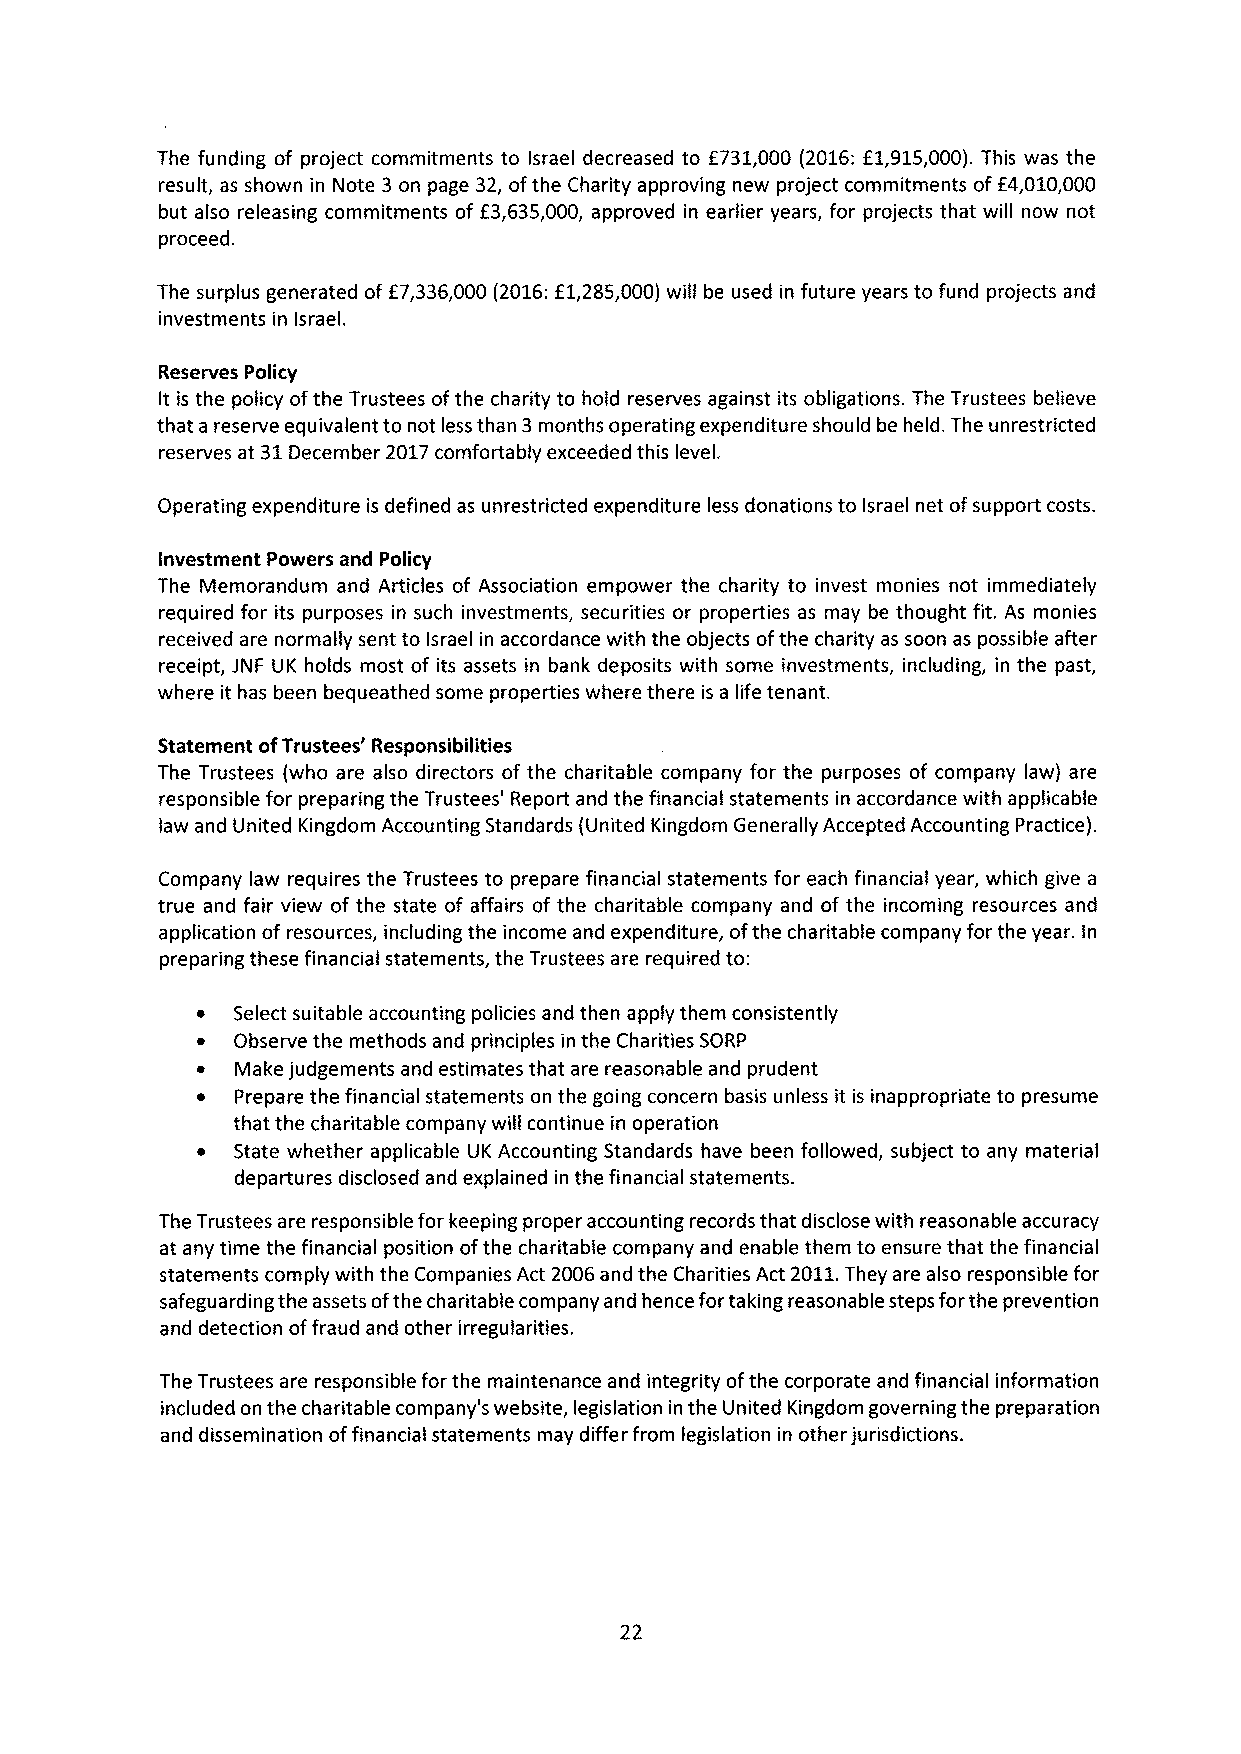
The funding of project commitments to Israel decreased to f731,000 (2016:f1,915,000).This was the
 result, as shown in Note 3 on page 32, ofthe Charity approving new project commitments off4,010,000
 but also releasing commitments of f3,635,000, approved in earlier years, for projects that will now not
 proceed.
 The surplus generated of f7,336,000 (2016:f1,285,000) will be used in future years to fund projects and
 investments in Israel.
 Reserves Policy
 It is the policy ofthe Trustees ofthe charity to hold reserves against its obligations. The Trustees believe
 that a reserve equivalent to not less than 3months operating expenditure should be held. The unrestricted
 reserves at 31December 2017comfortably exceeded this level.
 Operating expenditure is defined as unrestricted expenditure less donations to Israel net ofsupport costs.
 Investment Powers and Policy
 The Memorandum and Articles of Association empower the charity to invest monies not immediately
 required for its purposes in such investments, securities or properties as may be thought fit. As monies
 received are normally sent to Israel in accordance with the objects ofthe charity as soon as possible after
 receipt, JNF UK holds most of its assets in bank deposits with some investments, including, in the past,
 where it has been bequeathed some properties where there is a life tenant.
 Statement ofTrustees' Responsibilities
 The Trustees (who are also directors of the charitable company for the purposes of company law) are
 responsible for preparing the Trustees' Report and the financial statements in accordance with applicable
 law and United Kingdom Accounting Standards (United Kingdom Generally Accepted Accounting Practice).
 Company law requires the Trustees to prepare financial statements for each financial year, which give a
 true and fair view of the state of affairs of the charitable company and of the incoming resources and
 application of resources, including the income and expenditure, ofthe charitable company for the year. In
 preparing these financial statements, the Trustees are required to:
 ~ Select suitable accounting policies and then apply them consistently
 ~ Observe the methods and principles in the Charities SORP
 Make judgements and estimates that are reasonable and prudent
 ~  Prepare the financial statements on the going concern basis unless it is inappropriate to presume
 that the charitable company will continue in operation
 ~ State whether applicable UK Accounting Standards have been followed, subject to any material
 departures disclosed and explained in the financial statements.
 The Trustees are responsible for keeping proper accounting records that disclose with reasonable accuracy
 at any time the financial position ofthe charitable company and enable them to ensure that the financial
 statements comply with the Companies Act 2006and the Charities Act 2011.They are also responsible for
 safeguarding the assets ofthe charitable company and hence fortaking reasonable steps forthe prevention
 and detection offraud and other irregularities.
 The Trustees are responsible for the maintenance and integrity ofthe corporate and financial information
 included on the charitable company's website, legislation in the United Kingdom governing the preparation
 and dissemination offinancial statements may differ from legislation in other jurisdictions.
 22